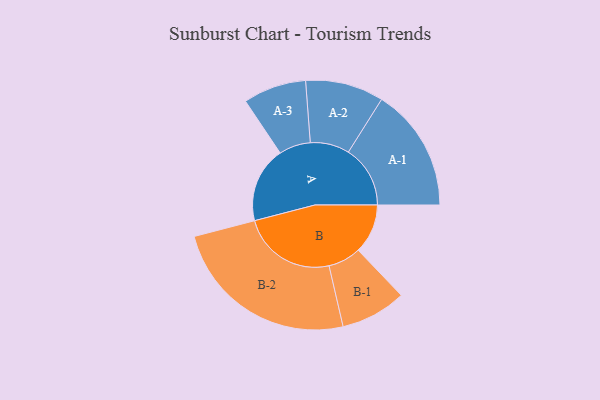
{"axis": {"x": "Segment", "y": "Value"}, "legend": ["", "A", "B"], "data": [{"x": "A", "y": 240, "type": ""}, {"x": "B", "y": 157, "type": ""}, {"x": "A-1", "y": 196, "type": "A"}, {"x": "A-2", "y": 124, "type": "A"}, {"x": "A-3", "y": 100, "type": "A"}, {"x": "B-1", "y": 104, "type": "B"}, {"x": "B-2", "y": 300, "type": "B"}]}